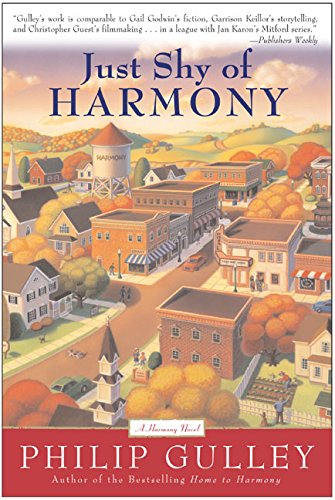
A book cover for Just Shy of Harmony; Philip Gulley; Christian Books & Bibles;